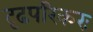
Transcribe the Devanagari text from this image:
दृढपरिकरः